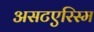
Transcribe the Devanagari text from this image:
असटएरिस्म